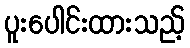
ပူးပေါင်းထားသည့်